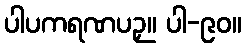
ပါပကရဏပဉှ။ ပါ-၉၀။